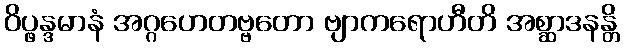
ဝိပ္ဖန္ဒမာနံ အဂ္ဂဟေတဗ္ဗတော ဗျာကရောဟီတိ အစ္ဆာဒနန္တိ